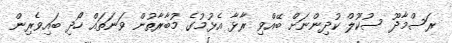
ރަސްމާދޫ ސުކޫލް ކުދިންނަށް ބޭއްވި ރާޅާ އެޅުމުގެ މުބާރާތުން ވަނަތައް ހޯދި ބައިވެރިން